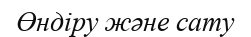
Өндіру және сату